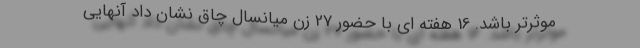
موثرتر باشد. 16 هفته ای با حضور 27 زن میانسال چاق نشان داد آنهایی